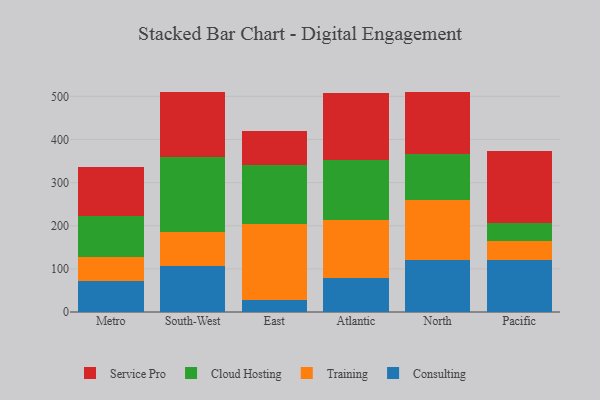
{"axis": {"x": "Region", "y": "Waste Production (Tons)"}, "legend": ["Cloud Hosting", "Consulting", "Service Pro", "Training"], "data": [{"x": "Metro", "y": 71.1, "type": "Consulting"}, {"x": "Metro", "y": 55.5, "type": "Training"}, {"x": "Metro", "y": 94.9, "type": "Cloud Hosting"}, {"x": "Metro", "y": 114.0, "type": "Service Pro"}, {"x": "South-West", "y": 106.4, "type": "Consulting"}, {"x": "South-West", "y": 78.9, "type": "Training"}, {"x": "South-West", "y": 174.0, "type": "Cloud Hosting"}, {"x": "South-West", "y": 151.7, "type": "Service Pro"}, {"x": "East", "y": 28.2, "type": "Consulting"}, {"x": "East", "y": 176.4, "type": "Training"}, {"x": "East", "y": 136.5, "type": "Cloud Hosting"}, {"x": "East", "y": 77.7, "type": "Service Pro"}, {"x": "Atlantic", "y": 80.0, "type": "Consulting"}, {"x": "Atlantic", "y": 133.1, "type": "Training"}, {"x": "Atlantic", "y": 139.4, "type": "Cloud Hosting"}, {"x": "Atlantic", "y": 155.9, "type": "Service Pro"}, {"x": "North", "y": 119.5, "type": "Consulting"}, {"x": "North", "y": 140.2, "type": "Training"}, {"x": "North", "y": 105.7, "type": "Cloud Hosting"}, {"x": "North", "y": 145.0, "type": "Service Pro"}, {"x": "Pacific", "y": 120.2, "type": "Consulting"}, {"x": "Pacific", "y": 45.0, "type": "Training"}, {"x": "Pacific", "y": 41.3, "type": "Cloud Hosting"}, {"x": "Pacific", "y": 166.0, "type": "Service Pro"}]}